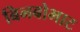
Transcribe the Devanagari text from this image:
बिनबोभाट